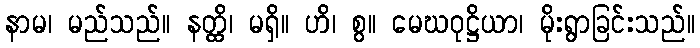
နာမ၊ မည်သည်။ နတ္ထိ၊ မရှိ။ ဟိ၊ စွ။ မေဃဝုဋ္ဌိယာ၊ မိုးရွာခြင်းသည်။